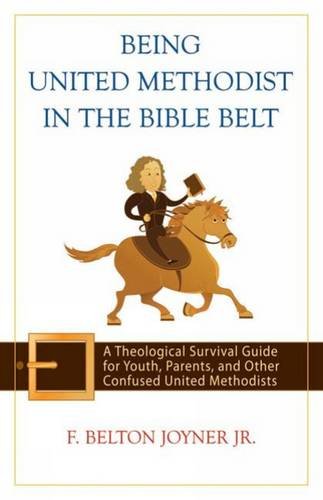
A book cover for Being United Methodist in the Bible Belt: Theological Survival Gde for Youth, Parents, & Other Confused United Methodists; F. Belton Joyner Jr.; Christian Books & Bibles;